Vaccination North-Western Provinces 1866-1877 - 1866-1877
Year: 1866
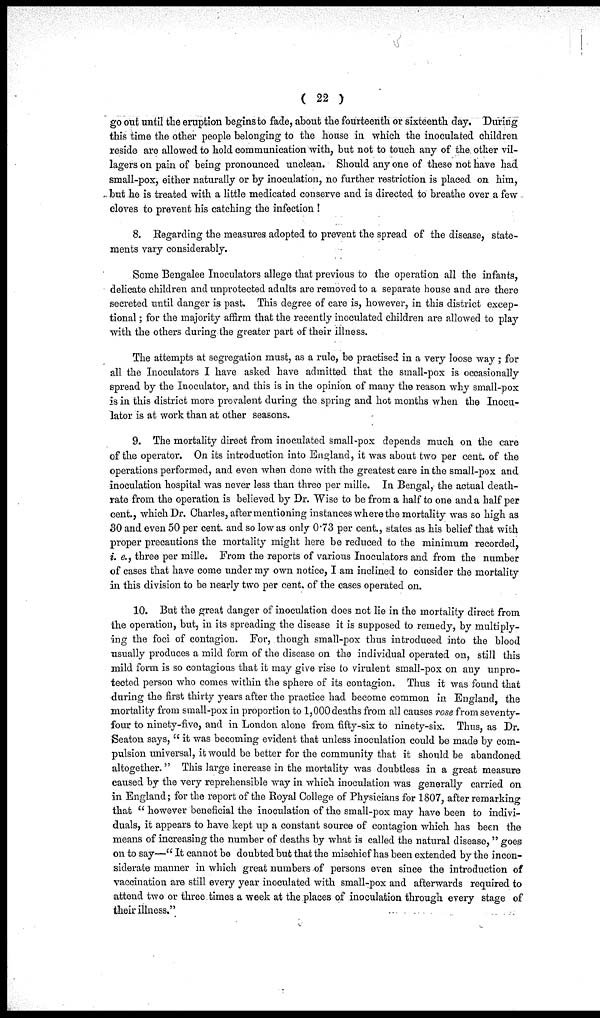
( 22 )
go out until the eruption begins to fade, about the fourteenth or sixteenth day. During
this time the other people belonging to the house in which the inoculated children
reside are allowed to hold communication with, but not to touch any of the other vil-
lagers on pain of being pronounced unclean. Should any one of these not have had
small-pox, either naturally or by inoculation, no further restriction is placed on him,
but he is treated with a little medicated conserve and is directed to breathe over a few
cloves to prevent his catching the infection !
8. Regarding the measures adopted to prevent the spread of the disease, state-
ments vary considerably.
Some Bengalee Inoculators allege that previous to the operation all the infants,
delicate children and unprotected adults are removed to a separate house and are there
secreted until danger is past. This degree of care is, however, in this district excep-
tional ; for the majority affirm that the recently inoculated children are allowed to play
with the others during the greater part of their illness.
The attempts at segregation must, as a rule, be practised in a very loose way; for
all the Inoculators I have asked have admitted that the small-pox is occasionally
spread by the Inoculator, and this is in the opinion of many the reason why small-pox
is in this district more prevalent during the spring and hot months when the Inocu-
lator is at work than at other seasons.
9. The mortality direct from inoculated small-pox depends much on the care
of the operator. On its introduction into England, it was about two per cent. of the
operations performed, and even when done with the greatest care in the small-pox and
inoculation hospital was never less than three per mille. In Bengal, the actual death-
rate from the operation is believed by Dr. Wise to be from a half to one and a half per
cent., which Dr. Charles, after mentioning instances where the mortality was so high as
30 and even 50 per cent. and so low as only 0.73 per cent., states as his belief that with
proper precautions the mortality might here be reduced to the minimum recorded,
i. e., three per mille. From the reports of various Inoculators and from the number
of cases that have come under my own notice, I am inclined to consider the mortality
in this division to be nearly two per cent, of the cases operated on.
10. But the great danger of inoculation does not lie in the mortality direct from
the operation, but, in its spreading the disease it is supposed to remedy, by multiply-
ing the foci of contagion. For, though small-pox thus introduced into the blood
usually produces a mild form of the disease on the individual operated on, still this
mild form is so contagious that it may give rise to virulent small-pox on any unpro-
tected person who comes within the sphere of its contagion. Thus it was found that
during the first thirty years after the practice had become common in England, the
mortality from small-pox in proportion to 1,000 deaths from all causes rose from seventy-
four to ninety-five, and in London alone from fifty-six to ninety-six. Thus, as Dr.
Seaton says, " it was becoming evident that unless inoculation could be made by com-
pulsion universal, it would be better for the community that it should be abandoned
altogether. " This large increase in the mortality was doubtless in a great measure
caused by the very reprehensible way in which inoculation was generally carried on
in England; for the report of the Royal College of Physicians for 1807, after remarking
that " however beneficial the inoculation of the small-pox may have been to indivi-
duals, it appears to have kept up a constant source of contagion which has been the
means of increasing the number of deaths by what is called the natural disease, " goes
on to say—" It cannot be doubted but that the mischief has been extended by the incon-
siderate manner in which great numbers of persons even since the introduction of
vaccination are still every year inoculated with small-pox and afterwards required to
attend two or three times a week at the places of inoculation through every stage of
their illness."